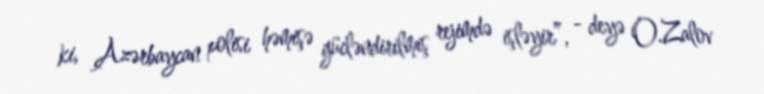
ki, Azərbaycan polisi həmişə gücləndirilmiş rejimdə işləyir”, - deyə O.Zalov